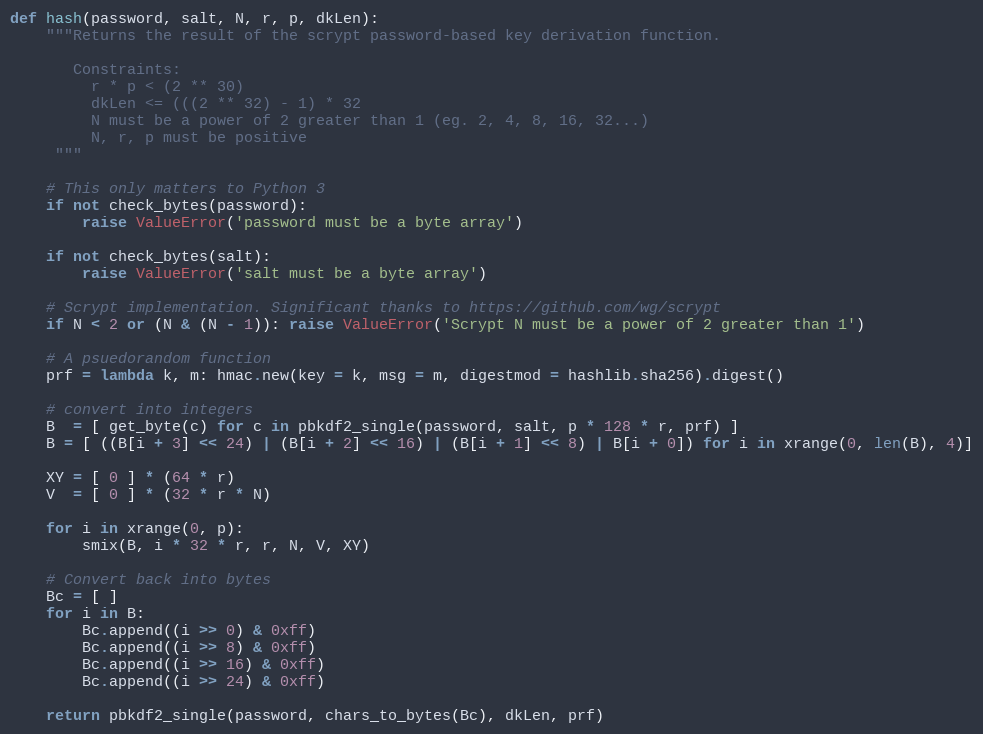
Language: Python
def hash(password, salt, N, r, p, dkLen):
    """Returns the result of the scrypt password-based key derivation function.

       Constraints:
         r * p < (2 ** 30)
         dkLen <= (((2 ** 32) - 1) * 32
         N must be a power of 2 greater than 1 (eg. 2, 4, 8, 16, 32...)
         N, r, p must be positive
     """

    # This only matters to Python 3
    if not check_bytes(password):
        raise ValueError('password must be a byte array')

    if not check_bytes(salt):
        raise ValueError('salt must be a byte array')

    # Scrypt implementation. Significant thanks to https://github.com/wg/scrypt
    if N < 2 or (N & (N - 1)): raise ValueError('Scrypt N must be a power of 2 greater than 1')

    # A psuedorandom function
    prf = lambda k, m: hmac.new(key = k, msg = m, digestmod = hashlib.sha256).digest()

    # convert into integers
    B  = [ get_byte(c) for c in pbkdf2_single(password, salt, p * 128 * r, prf) ]
    B = [ ((B[i + 3] << 24) | (B[i + 2] << 16) | (B[i + 1] << 8) | B[i + 0]) for i in xrange(0, len(B), 4)]

    XY = [ 0 ] * (64 * r)
    V  = [ 0 ] * (32 * r * N)

    for i in xrange(0, p):
        smix(B, i * 32 * r, r, N, V, XY)

    # Convert back into bytes
    Bc = [ ]
    for i in B:
        Bc.append((i >> 0) & 0xff)
        Bc.append((i >> 8) & 0xff)
        Bc.append((i >> 16) & 0xff)
        Bc.append((i >> 24) & 0xff)

    return pbkdf2_single(password, chars_to_bytes(Bc), dkLen, prf)